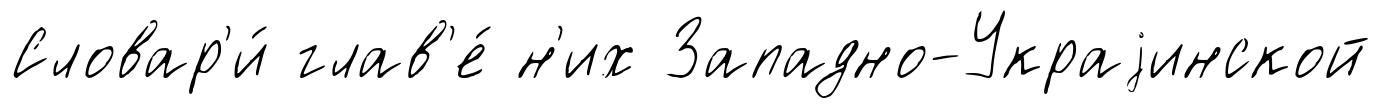
Словар'и́ глав'е́ н'их Западно-Украjинской